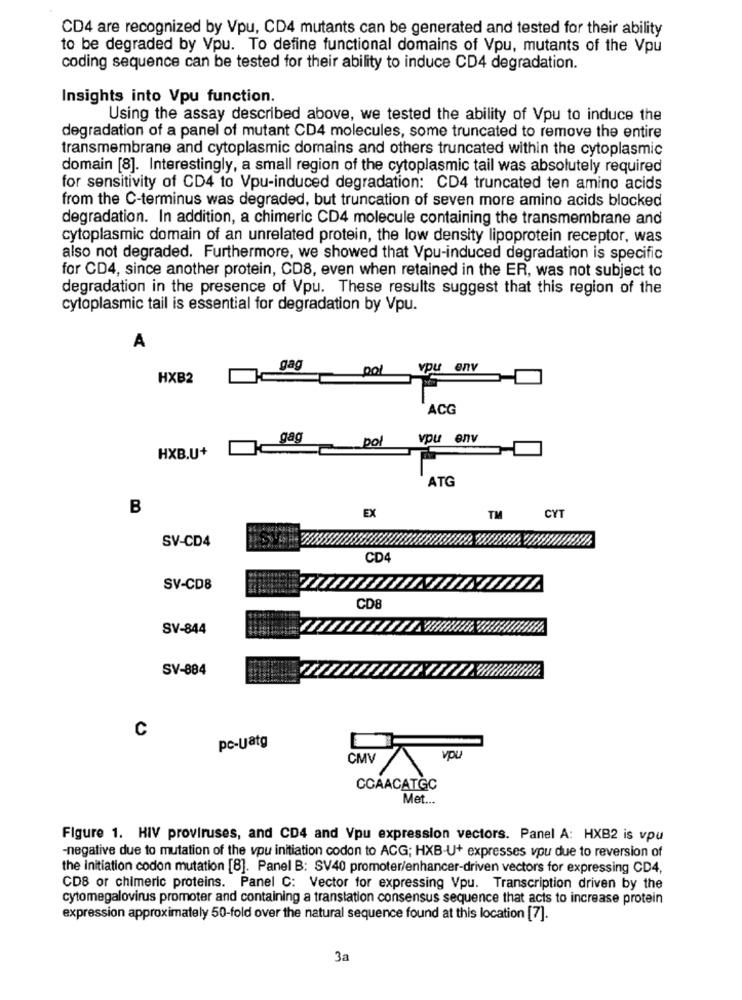
CD4 are recognized by Vpu, CD4 mutants can be generated and tested for their ability
to be degraded by Vpu. To define functional domains of Vpu, mutants of the Vpu
coding sequence can be tested for their ability to induce CD4 degradation.
Insights into Vpu function.
Using the assay described above, we tested the ability of Vpu to induce the
degradation of a panel of mutant CD4 molecules, some truncated to remove the entire
transmembrane and cytoplasmic domains and others truncated within the cytoplasmic
domain [8]. Interestingly, a small region of the cytoplasmic tail was absolutely required
for sensitivity of CD4 to Vpu-induced degradation: CD4 truncated ten amino acids
from the C-terminus was degraded, but truncation of seven more amino acids blocked
degradation. In addition, a chimeric CD4 molecule containing the transmembrane and
cytoplasmic domain of an unrelated protein, the low density lipoprotein receptor, was
also not degraded. Furthermore, we showed that Vpu-induced degradation is specific
for CD4, since another protein, CD8, even when retained in the ER, was not subject to
degradation in the presence of Vpu. These results suggest that this region of the
cytoplasmic tail is essential for degradation by Vpu.
A
gag
pol
vpu env
HXB2
ACG
gag
pol
vpu env
HXB.U+
ATG
B
EX
TM
CYT
SV-CD4
CD4
SV-CD8
CD8
SV-844
SV-884
C
pc-Uatg
CMV
vpu
CCAACATGC
Met ...
Figure 1. HIV proviruses, and CD4 and Vpu expression vectors. Panel A: HXB2 is vpu
-negative due to mutation of the vpu initiation codon to ACG; HXB-U+ expresses vpu due to reversion of
the initiation codon mutation [8]. Panel B: SV40 promoter/enhancer-driven vectors for expressing CD4,
CD8 or chimeric proteins. Panel C: Vector for expressing Vpu. Transcription driven by the
cytomegalovirus promoter and containing a translation consensus sequence that acts to increase protein
expression approximately 50-fold over the natural sequence found at this location [7].
3a